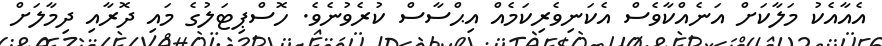
އެއާއެކު މަލާކަށް އަނެއްކާވެސް އެކަނިވެރިކަމެއް އިޙްސާސް ކުރެވުނެވެ. ހޮސްޕިޓަލުގެ މައި ދޮރާއި ދިމާލަށް